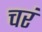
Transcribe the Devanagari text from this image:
चरं